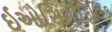
ઇઓસિનોફિલિક